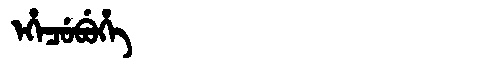
Manchu: ᡝᡥᡝᠴᡠᠪᡠᡥᡝ
Romanization: EHECUBUHE